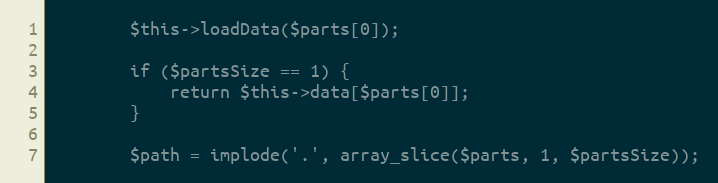
Language: PHP
        $this->loadData($parts[0]);

        if ($partsSize == 1) {
            return $this->data[$parts[0]];
        }

        $path = implode('.', array_slice($parts, 1, $partsSize));